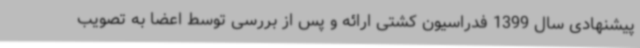
پیشنهادی سال 1399 فدراسیون کشتی ارائه و پس از بررسی توسط اعضا به تصویب